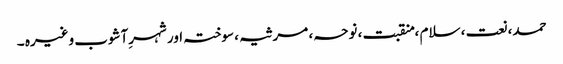
حمد، نعت ، سلام ، منقبت ، نوحہ ، مرثیہ ، سوختہ اور شہرِآشوب وغیرہ ۔